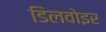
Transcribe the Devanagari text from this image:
डिलवोइर